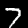
Digit: 7